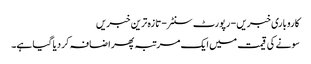
کاروباری خبریں - رپورٹ سنٹر - تازہ ترین خبریں
سونے کی قیمت میں ایک مرتبہ پھر اضافہ کر دیا گیا ہے۔